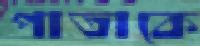
পাতাকে